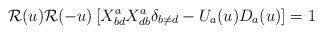
\begin{align*}{\cal R}(u){\cal R}(-u)\left[X^a_{bd}X^a_{db}\delta_{b\neq d}-U_a(u)D_a(u)\right]=1\end{align*}